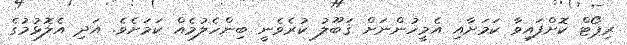
ރިޕޯޓް ކޮށްފައިވާ ކަމަށާއި އެމީހުންނަށް ޤަބޫލު ކުރެވެނީ ބިންހެލުމެއް ކަމަށެވެ. އަދި އެލޮޅުމުގެ